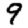
Digit: 9